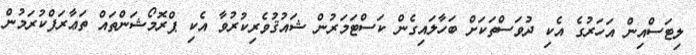
ލިޓަސްއިން އަހަރުގެ އެކި ދުވަސްތަކަށް ބަހާލައިގެން ކަސްޓަމަރުން ޝައުޤުވެރިކުރުވާ އެކި ޕްރޮމޯޝަންތައް ތަޢާރަފްކުރަމުން